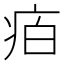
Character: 𭼈